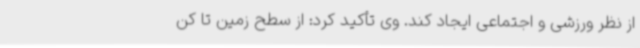
از نظر ورزشی و اجتماعی ایجاد کند. وی تأکید کرد: از سطح زمین تا کن